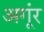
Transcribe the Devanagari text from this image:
अगूंर